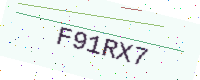
Text: F91RX7